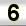
Digit: 6